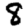
Digit: 8